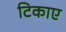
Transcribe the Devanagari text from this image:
टिकाए